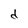
Character: d